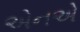
એનએ